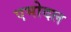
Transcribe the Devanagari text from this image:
एमोदल